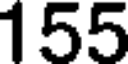
155